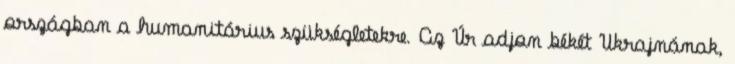
országban a humanitárius szükségletekre. Az Úr adjon békét Ukrajnának,